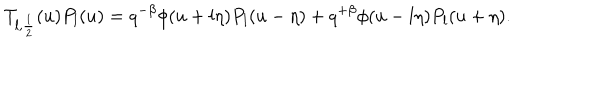
T _ { l , \frac 1 2 } ( u ) P _ { l } ( u ) = q ^ { - \beta } \phi ( u + l \eta ) P _ { l } ( u - \eta ) + q ^ { + \beta } \phi ( u - l \eta ) P _ { l } ( u + \eta ) .